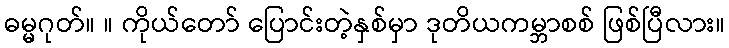
ဓမ္မဂုတ်။ ။ ကိုယ်တော် ပြောင်းတဲ့နှစ်မှာ ဒုတိယကမ္ဘာစစ် ဖြစ်ပြီလား။